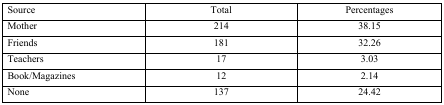
<table><thead><tr><td><b>Source</b></td><td><b>Total</b></td><td><b>Percentages</b></td></tr></thead><tbody><tr><td>Mother</td><td>214</td><td>38.15</td></tr><tr><td>Friends</td><td>181</td><td>32.26</td></tr><tr><td>Teachers</td><td>17</td><td>3.03</td></tr><tr><td>Book/Magazines</td><td>12</td><td>2.14</td></tr><tr><td>None</td><td>137</td><td>24.42</td></tr></tbody></table>